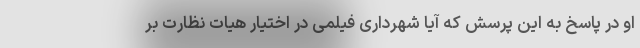
او در پاسخ به این پرسش که آیا شهرداری فیلمی در اختیار هیات نظارت بر